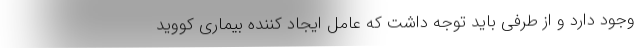
وجود دارد و از طرفی باید توجه داشت که عامل ایجاد کننده بیماری کووید